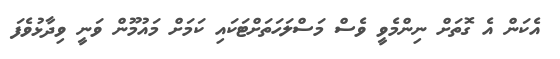
އެކަން އެ ގޮތަށް ނިންމެވީ ވެސް މަސްލަހަތަށްޓަކައި ކަމަށް މައުމޫން ވަނީ ވިދާޅުވެފަ